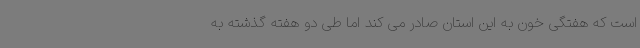
است که هفتگی خون به این استان صادر می کند اما طی دو هفته گذشته به